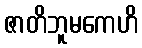
ဇာတိဘူမကေဟိ